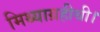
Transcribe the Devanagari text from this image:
मिथ्याग्रहीथी।